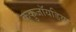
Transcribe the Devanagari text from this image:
कुकुजॉयडिया